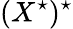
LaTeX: (X^{\star})^{\star}